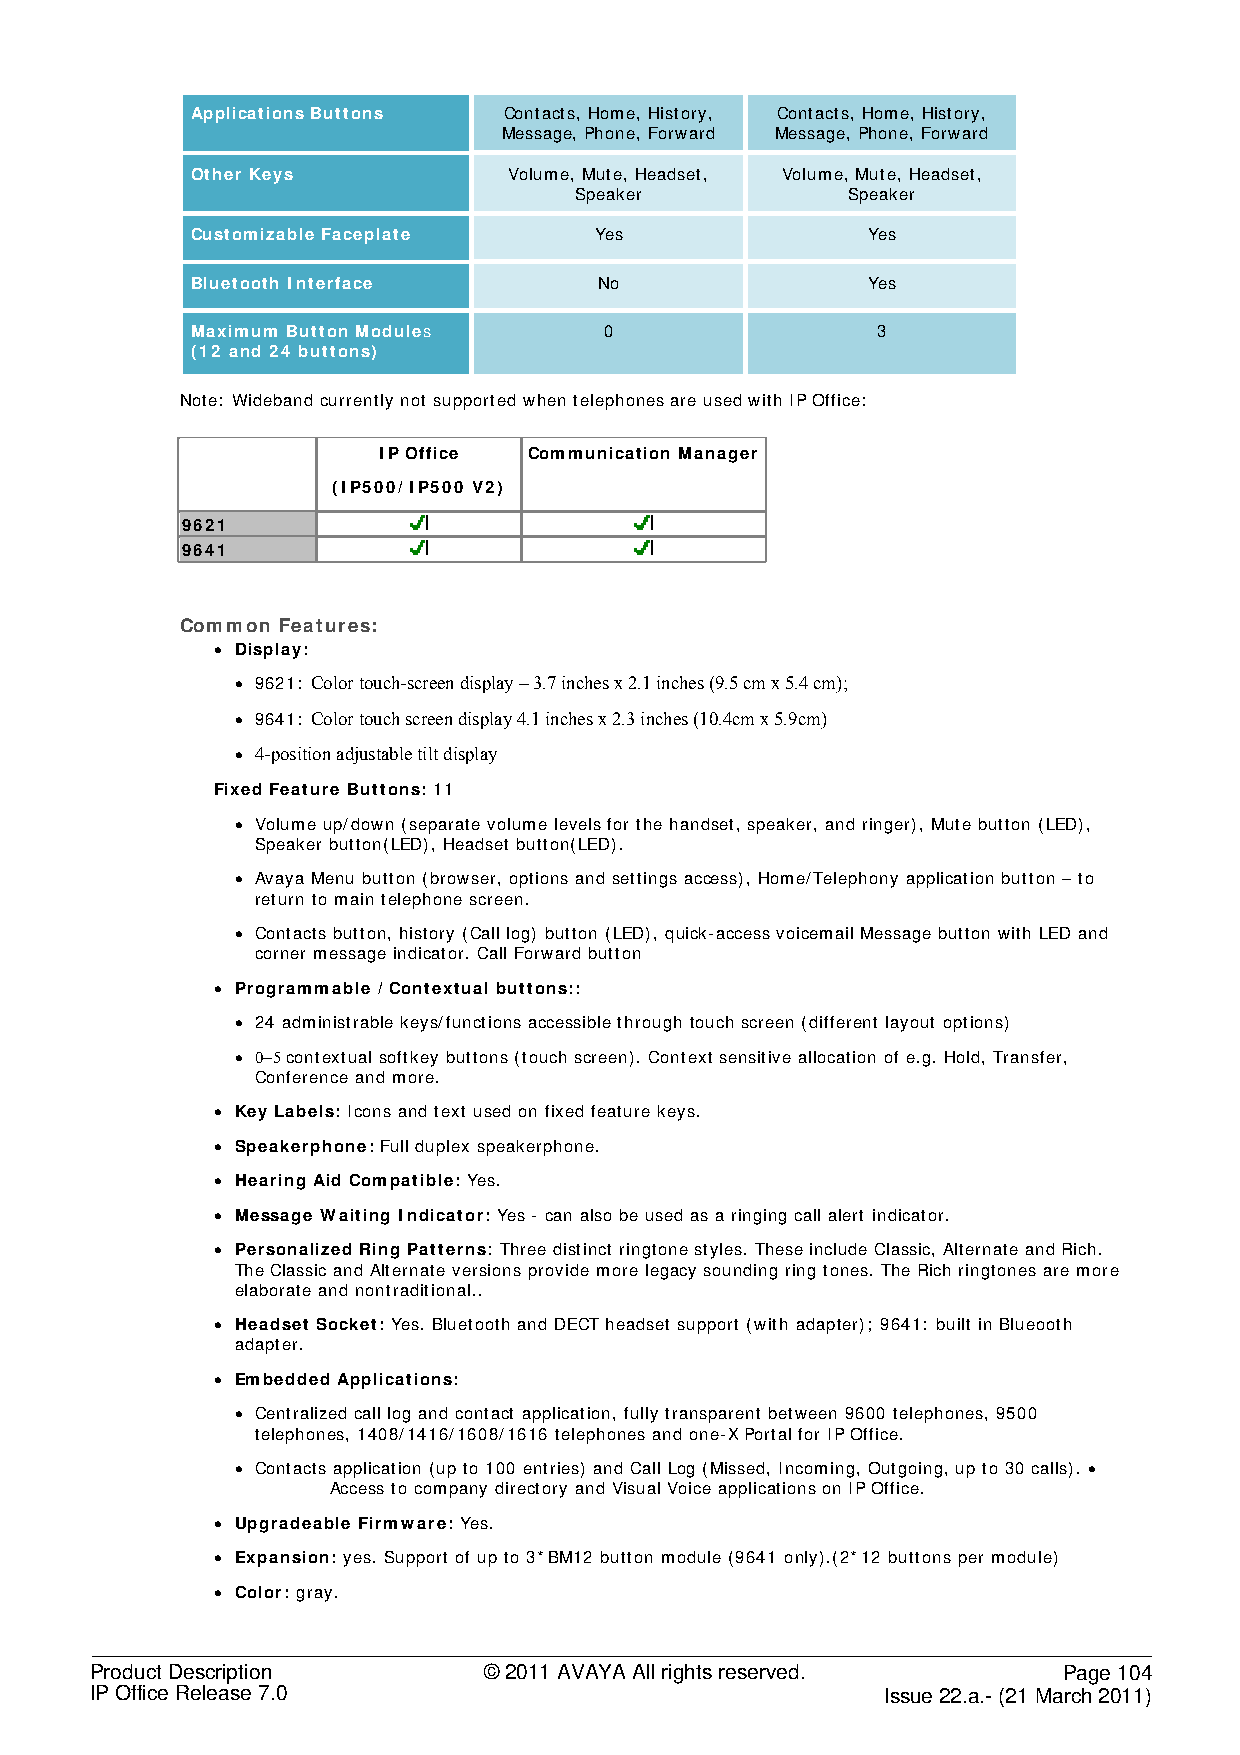
Applications Buttons Contacts, Home, History, Contacts, Home, History,
 Message, Phone, Forward Message, Phone, Forward
 Other Keys           Volume, Mute, Headset, Volume, Mute, Headset,
 Speaker           Speaker
 Customizable Faceplate    Yes               Yes
 Bluetooth Interface        No               Yes
 Maximum Button Modules     0                 3
 (12 and 24 buttons)
 Note: Wideband currently not supported when telephones are used with IP Office:
 Works on:    IP Office Communication Manager
 (IP500/ IP500 V2)
 9621
 9641
 Common Features:
 • Display:
 • 9621: Color touch-screen display – 3.7 inches x 2.1 inches (9.5 cm x 5.4 cm);
 • 9641: Color touch screen display 4.1 inches x 2.3 inches (10.4cm x 5.9cm)
 • 4-position adjustable tilt display
 Fixed Feature Buttons: 11
 • Volume up/down (separate volume levels for the handset, speaker, and ringer), Mute button (LED),
 Speaker button(LED), Headset button(LED).
 • Avaya Menu button (browser, options and settings access), Home/Telephony application button – to
 return to main telephone screen.
 • Contacts button, history (Call log) button (LED), quick-access voicemail Message button with LED and
 corner message indicator. Call Forward button
 • Programmable / Contextual buttons::
 • 24 administrable keys/functions accessible through touch screen (different layout options)
 • 0-5 contextual softkey buttons (touch screen). Context sensitive allocation of e.g. Hold, Transfer,
 Conference and more.
 • Key Labels: Icons and text used on fixed feature keys.
 • Speakerphone: Full duplex speakerphone.
 • Hearing Aid Compatible: Yes.
 • Message Waiting Indicator: Yes - can also be used as a ringing call alert indicator.
 • Personalized Ring Patterns: Three distinct ringtone styles. These include Classic, Alternate and Rich.
 The Classic and Alternate versions provide more legacy sounding ring tones. The Rich ringtones are more
 elaborate and nontraditional..
 • Headset Socket: Yes. Bluetooth and DECT headset support (with adapter); 9641: built in Blueooth
 adapter.
 • Embedded Applications:
 • Centralized call log and contact application, fully transparent between 9600 telephones, 9500
 telephones, 1408/1416/1608/1616 telephones and one-X Portal for IP Office.
 • Contacts application (up to 100 entries) and Call Log (Missed, Incoming, Outgoing, up to 30 calls). •
 Access to company directory and Visual Voice applications on IP Office.
 • Upgradeable Firmware: Yes.
 • Expansion: yes. Support of up to 3*BM12 button module (9641 only).(2*12 buttons per module)
 • Color: gray.
 Product Description       © 2011 AVAYA All rights reserved.     Page 104
 IP Office Release 7.0                                Issue 22.a.- (21 March 2011)